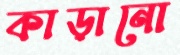
কাড়ানো